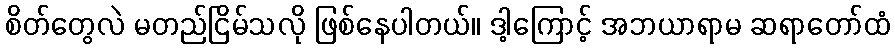
စိတ်တွေလဲ မတည်ငြိမ်သလို ဖြစ်နေပါတယ်။ ဒါ့ကြောင့် အဘယာရာမ ဆရာတော်ထံ